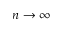
n \rightarrow \infty